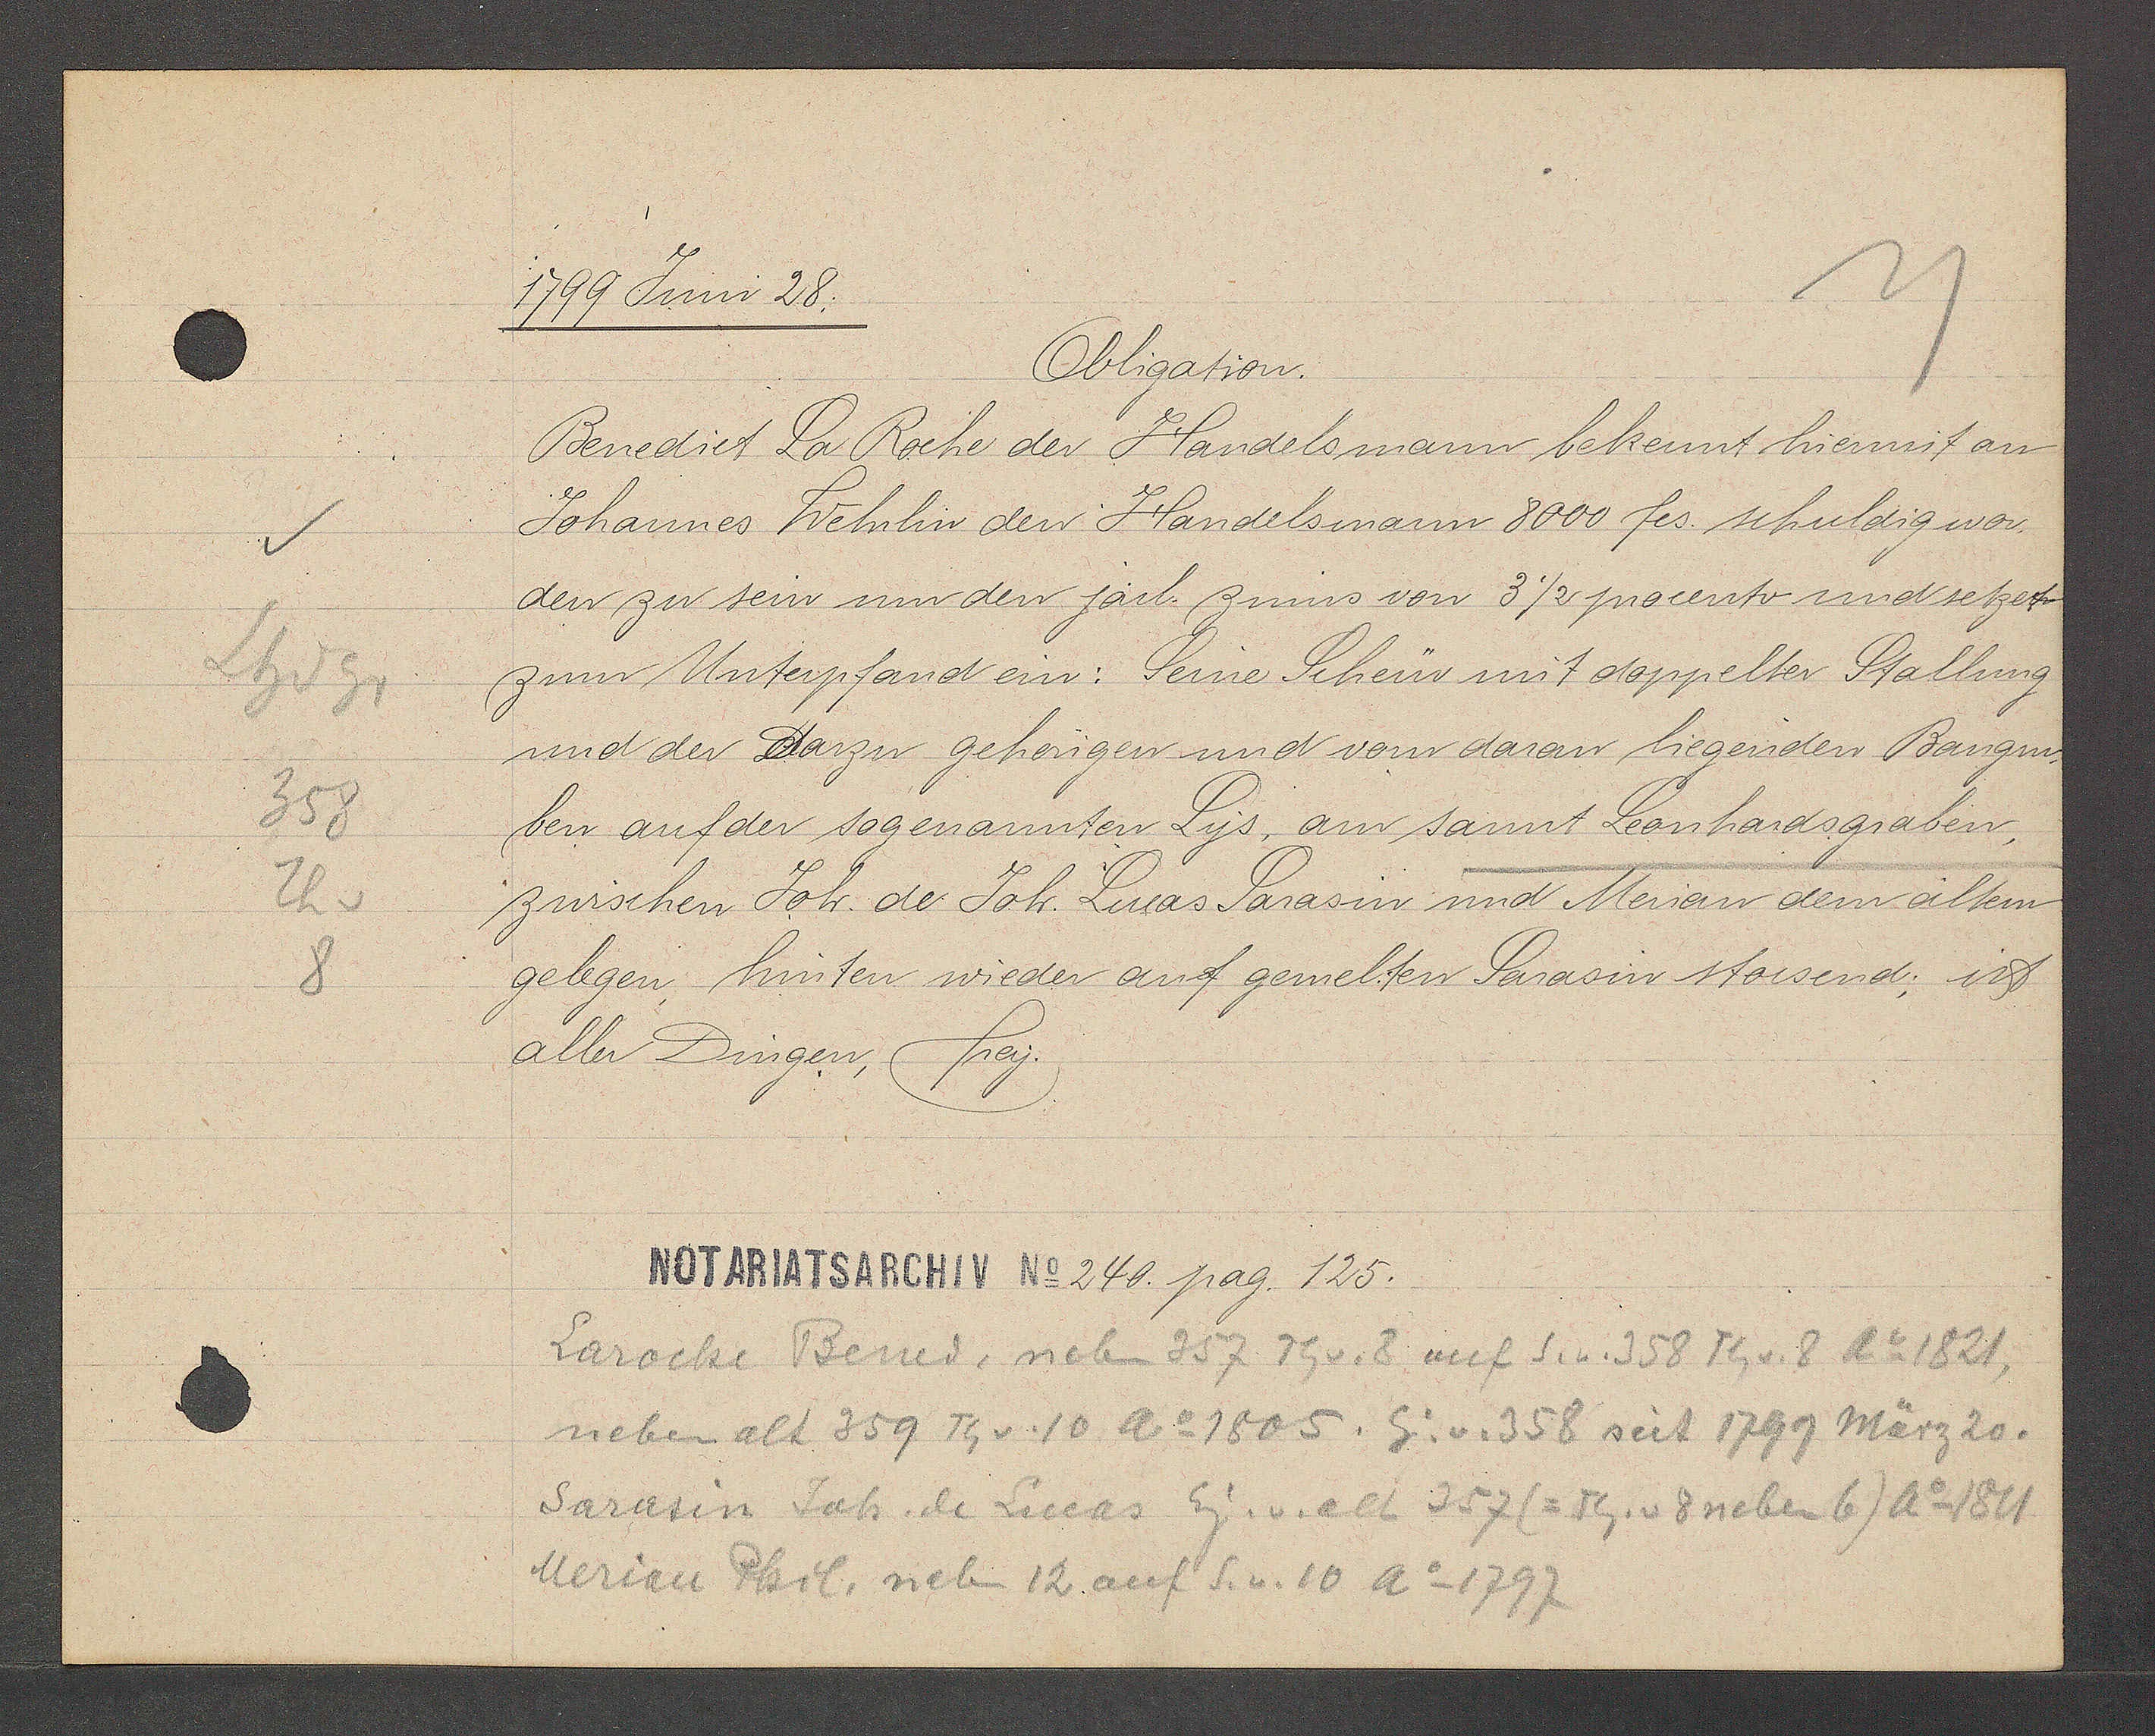
Transcript:
Lhdgr
358
Th v

1799 Juni 28.

Benedict La Roche der Handelsmann bekennt hiermit an
Johannes Wehrlin den Handelsmann 8000 fes. schuldig wor¬
den zu sein um den järl. zinns von 3½ procento und setzet
zum Unterpfand ein: Seine Scheür mit doppelter Stallung
und der dazu gehörrigen und vom daran liegenden Bangm¬
ben auf der sogenannten Lys, am sannt Leonhardsgraben,
zwischen Joh. de Joh. Lucas Sarasin und Merian dem ältem
gelegen hinten wieder auf gemelten Sarasin stossend; ist
aller Dingen, frey.
Obligation.

Notariatsarchiv No 240. pag. 125.

Laroche Bened, neben 357 Th v. 8 auf S. v. 358 Th v. 8 ao 1821,
neben alt 359 Th v. 10 Ao 1805. Eig. v. 358 seit 1799 März 20.
Sarasin Joh. de Lucas Eig. v. alt 357(= Th. v 8 neben 6) Ao 1811
Merian Phil. neben 12 auf S. v. 10 Ao 1797